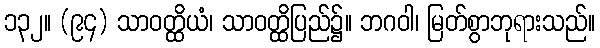
၁၃၂။ (၉၄) သာဝတ္ထိယံ၊ သာဝတ္ထိပြည်၌။ ဘဂဝါ၊ မြတ်စွာဘုရားသည်။